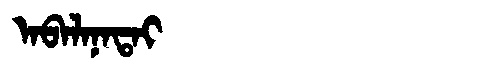
Manchu: ᠠᠪᠠᠯᠠᠨᠠᡨᠠᡳ
Romanization: ABALANATAI